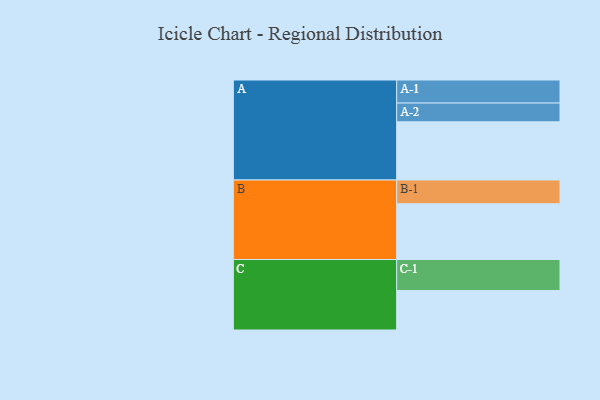
{"axis": {"x": "Segment", "y": "Value"}, "legend": ["", "A", "B", "C"], "data": [{"x": "A", "y": 477, "type": ""}, {"x": "B", "y": 457, "type": ""}, {"x": "C", "y": 324, "type": ""}, {"x": "A-1", "y": 189, "type": "A"}, {"x": "A-2", "y": 154, "type": "A"}, {"x": "B-1", "y": 195, "type": "B"}, {"x": "C-1", "y": 254, "type": "C"}]}